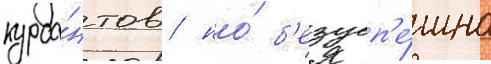
курса́нтов / но́ б'езусп'е́шно